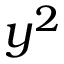
y ^ { 2 }